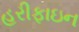
હરીફાઇન